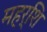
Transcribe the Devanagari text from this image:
महर्शि